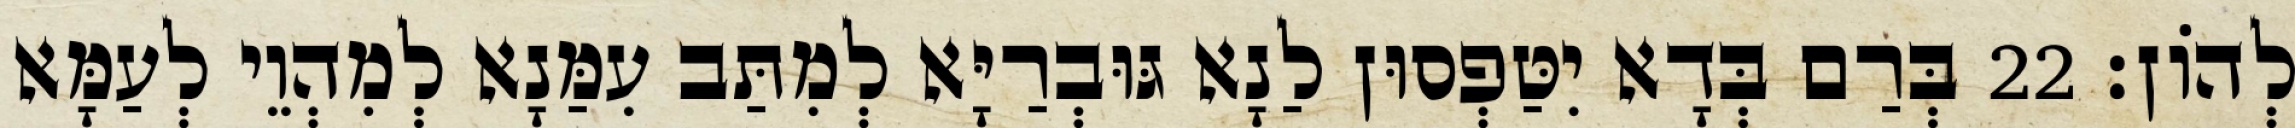
לְהוֹן׃ 22 בְּרַם בְּדָא יִטַּפְסוּן לַנָא גּוּבְרַיָּא לְמִתַּב עִמַּנָא לְמִהְוֵי לְעַמָּא